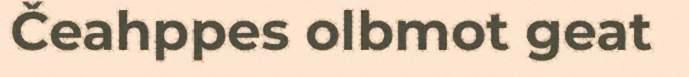
Čeahppes olbmot geat